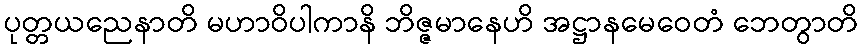
ပုတ္တယညေနာတိ မဟာဝိပါကာနိ ဘိဇ္ဇမာနေဟိ အဋ္ဌာနမေဝေတံ ဘေတွာတိ